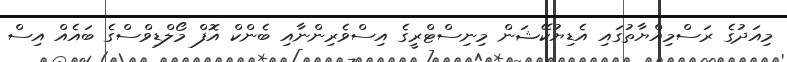
މިއަދުގެ ރަސްމިއްޔާތުގައި އެޑިޔުކޭޝަން މިނިސްޓްރީގެ އިސްވެރިންނާއި ބެންކް އޮފް މޯލްޑިވްސްގެ ބައެއް އިސް